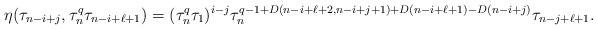
\begin{align*} \eta(\tau_{n-i+j}, \tau_n^q\tau_{n-i+\ell+1})=(\tau_n^q\tau_1)^{i-j}\tau_n^{q-1+D(n-i+\ell+2, n-i+j+1)+D(n-i+\ell+1)-D(n-i+j)}\tau_{n-j+\ell+1}. \end{align*}